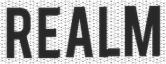
REALM